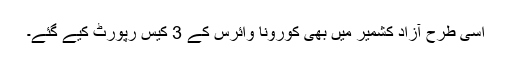
اسی طرح آزاد کشمیر میں بھی کورونا وائرس کے 3 کیس رپورٹ کیے گئے۔